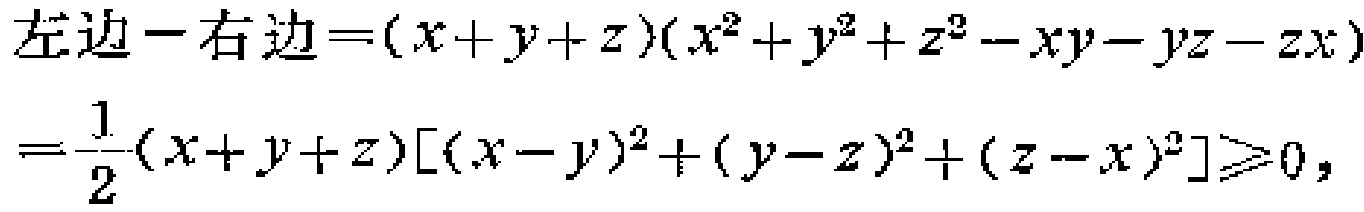
\[

\begin{align*}

左边 - 右边&=(x + y + z)(x^{2}+y^{2}+z^{2}-xy - yz - zx)\\

&=\frac{1}{2}(x + y + z)[(x - y)^{2}+(y - z)^{2}+(z - x)^{2}]\geqslant0,

\end{align*}

\]